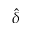
\hat { \delta }